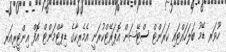
ހޫވަރ ޑޭމު ބަލަހައްޓައި ކަރަންޓް ސްޓޭޝަން އޮޕަރޭޓްކުރަނީ އެމެރިކާގެ ޑިޕާޓްމަންޓް އޮފް އިންޓީރިއަރ